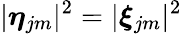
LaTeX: |\boldsymbol{\eta}_{jm}|^{2}=|\boldsymbol{\xi}_{jm}|^{2}